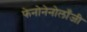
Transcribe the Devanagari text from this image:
फेनोनेनोलाँजी